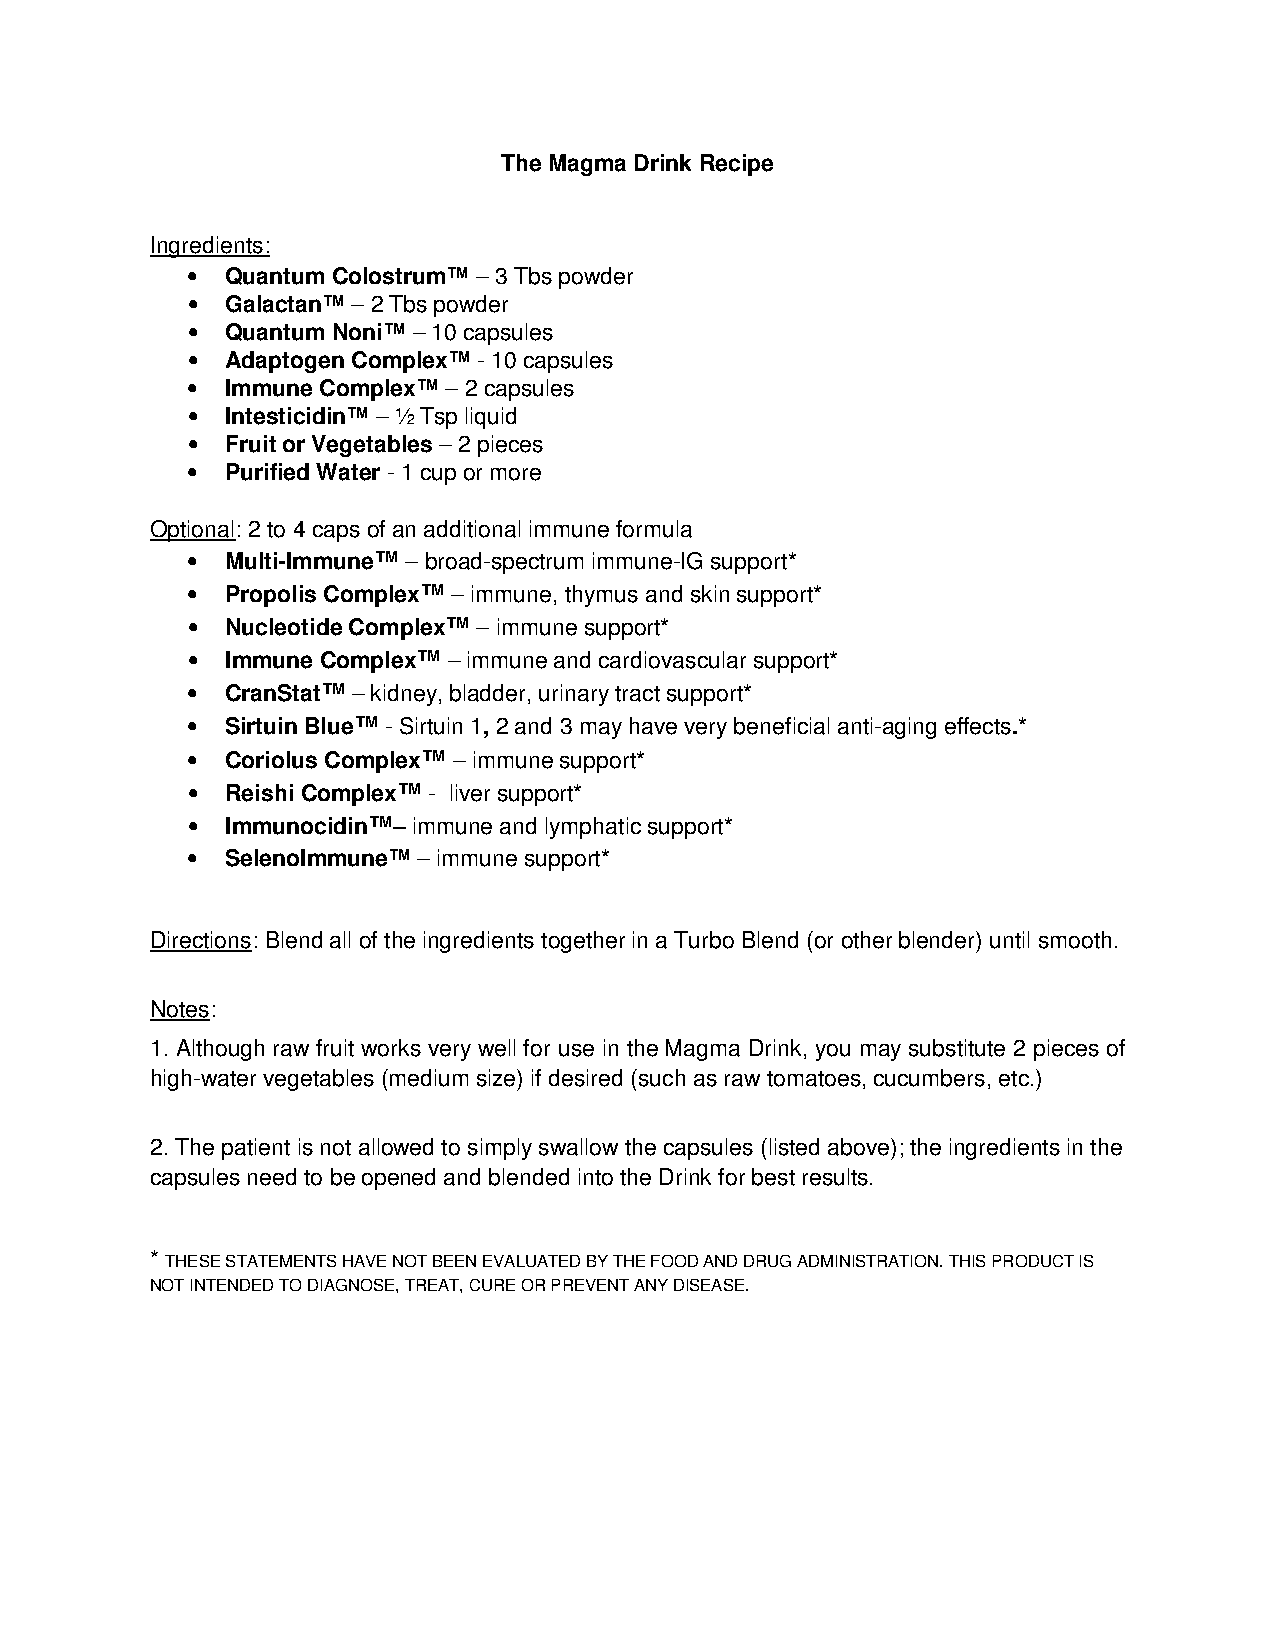
The Magma Drink Recipe
 Ingredients:
 •  Quantum Colostrum™ – 3 Tbs powder
 •  Galactan™ – 2 Tbs powder
 •  Quantum Noni™ – 10 capsules
 •  Adaptogen Complex™ - 10 capsules
 •  Immune Complex™ – 2 capsules
 •  Intesticidin™ – ½ Tsp liquid
 •  Fruit or Vegetables – 2 pieces
 •  Purified Water - 1 cup or more
 Optional: 2 to 4 caps of an additional immune formula
 •  Multi-Immune™ – broad-spectrum immune-IG support*
 •  Propolis Complex™ – immune, thymus and skin support*
 •  Nucleotide Complex™ – immune support*
 •  Immune Complex™ – immune and cardiovascular support*
 •  CranStat™ – kidney, bladder, urinary tract support*
 •  Sirtuin Blue™ - Sirtuin 1, 2 and 3 may have very beneficial anti-aging effects.*
 •  Coriolus Complex™ – immune support*
 •  Reishi Complex™ - liver support*
 •  Immunocidin™– immune and lymphatic support*
 •  SelenoImmune™ – immune support*
 Directions: Blend all of the ingredients together in a Turbo Blend (or other blender) until smooth.
 Notes:
 1. Although raw fruit works very well for use in the Magma Drink, you may substitute 2 pieces of
 high-water vegetables (medium size) if desired (such as raw tomatoes, cucumbers, etc.)
 2. The patient is not allowed to simply swallow the capsules (listed above); the ingredients in the
 capsules need to be opened and blended into the Drink for best results.
 * THESE STATEMENTS HAVE NOT BEEN EVALUATED BY THE FOOD AND DRUG ADMINISTRATION. THIS PRODUCT IS
 NOT INTENDED TO DIAGNOSE, TREAT, CURE OR PREVENT ANY DISEASE.